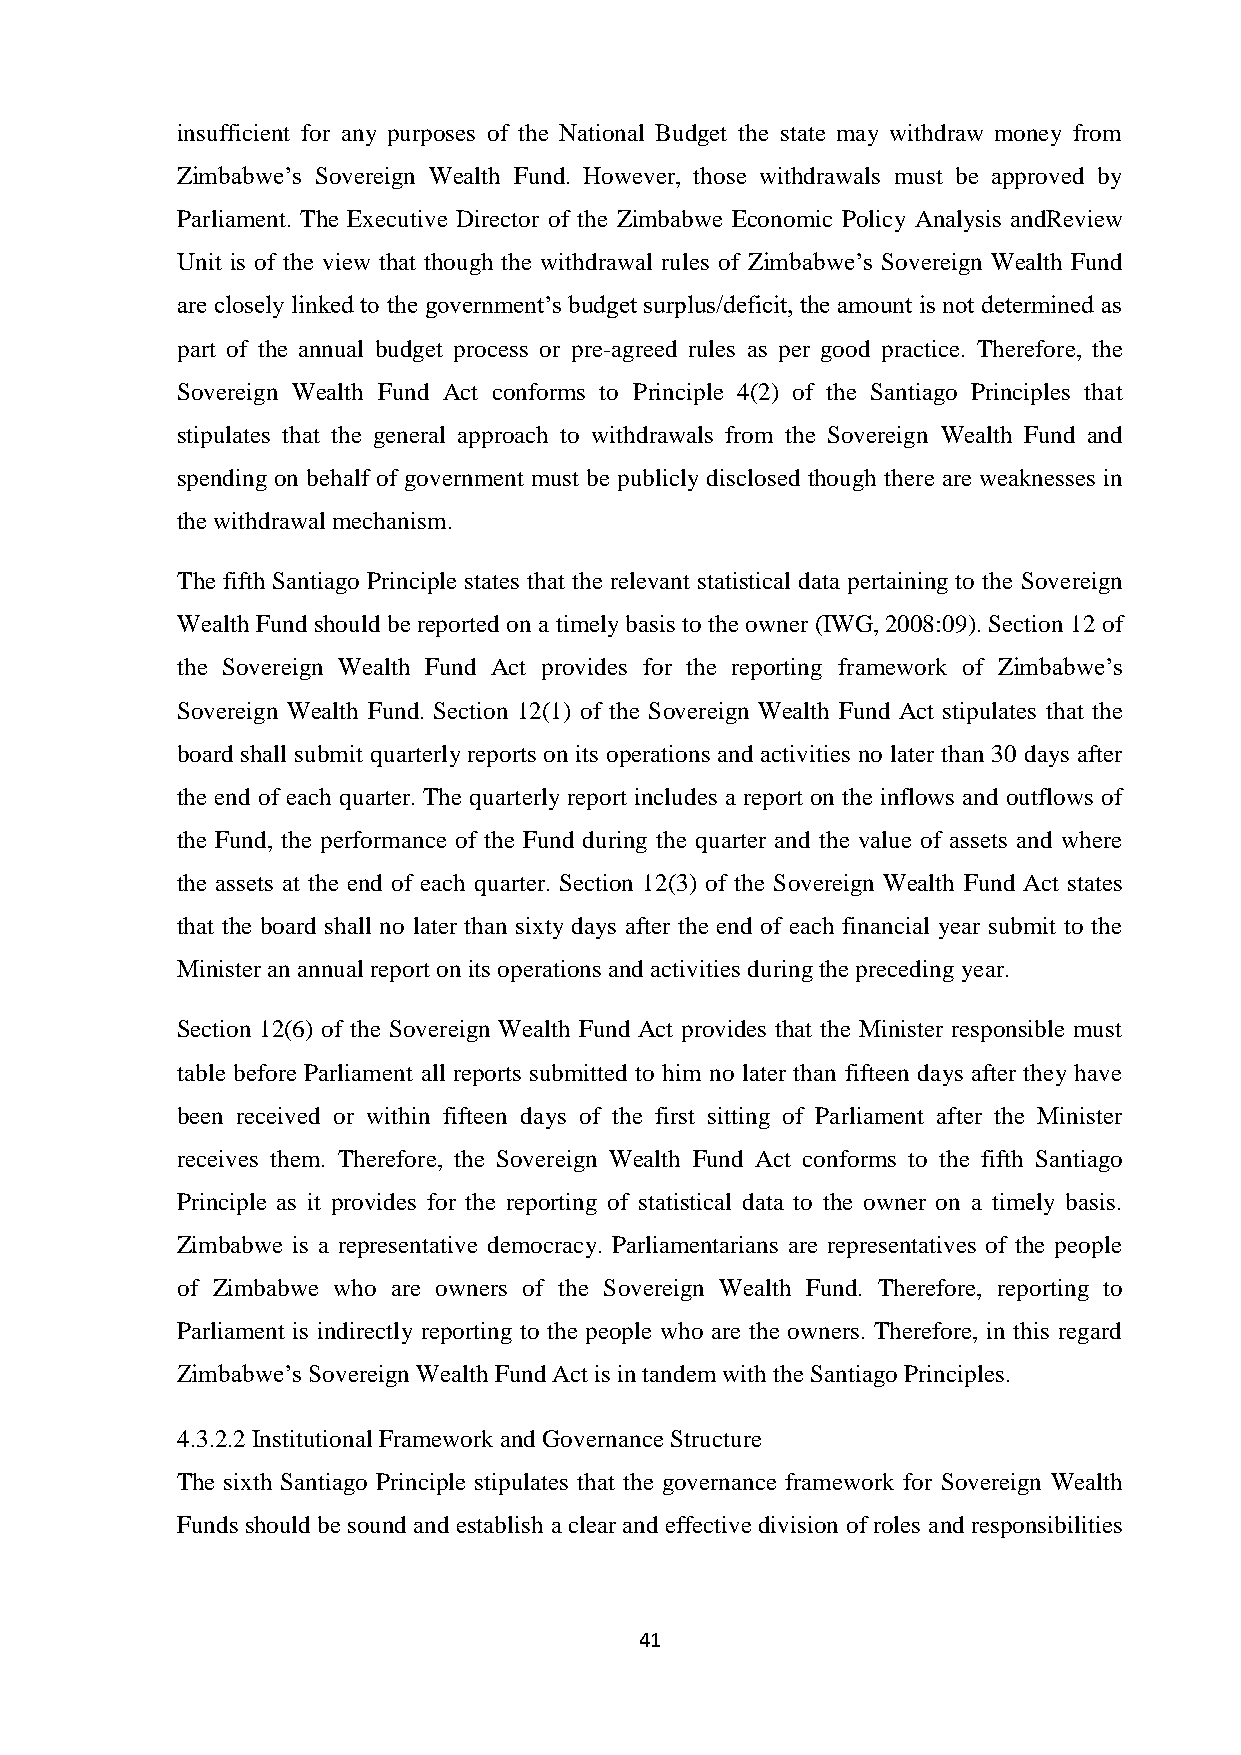
insufficient for any purposes of the National Budget the state may withdraw money from
 Zimbabwe’s Sovereign Wealth Fund. However, those withdrawals must be approved by
 Parliament. The Executive Director of the Zimbabwe Economic Policy Analysis andReview
 Unit is of the view that though the withdrawal rules of Zimbabwe’s Sovereign Wealth Fund
 are closely linked to the government’s budget surplus/deficit, the amount is not determined as
 part of the annual budget process or pre-agreed rules as per good practice. Therefore, the
 Sovereign Wealth Fund Act conforms to Principle 4(2) of the Santiago Principles that
 stipulates that the general approach to withdrawals from the Sovereign Wealth Fund and
 spending on behalf of government must be publicly disclosed though there are weaknesses in
 the withdrawal mechanism.
 The fifth Santiago Principle states that the relevant statistical data pertaining to the Sovereign
 Wealth Fund should be reported on a timely basis to the owner (IWG, 2008:09). Section 12 of
 the Sovereign Wealth Fund Act provides for the reporting framework of Zimbabwe’s
 Sovereign Wealth Fund. Section 12(1) of the Sovereign Wealth Fund Act stipulates that the
 board shall submit quarterly reports on its operations and activities no later than 30 days after
 the end of each quarter. The quarterly report includes a report on the inflows and outflows of
 the Fund, the performance of the Fund during the quarter and the value of assets and where
 the assets at the end of each quarter. Section 12(3) of the Sovereign Wealth Fund Act states
 that the board shall no later than sixty days after the end of each financial year submit to the
 Minister an annual report on its operations and activities during the preceding year.
 Section 12(6) of the Sovereign Wealth Fund Act provides that the Minister responsible must
 table before Parliament all reports submitted to him no later than fifteen days after they have
 been received or within fifteen days of the first sitting of Parliament after the Minister
 receives them. Therefore, the Sovereign Wealth Fund Act conforms to the fifth Santiago
 Principle as it provides for the reporting of statistical data to the owner on a timely basis.
 Zimbabwe is a representative democracy. Parliamentarians are representatives of the people
 of Zimbabwe who are owners of the Sovereign Wealth Fund. Therefore, reporting to
 Parliament is indirectly reporting to the people who are the owners. Therefore, in this regard
 Zimbabwe’s Sovereign Wealth Fund Act is in tandem with the Santiago Principles.
 4.3.2.2 Institutional Framework and Governance Structure
 The sixth Santiago Principle stipulates that the governance framework for Sovereign Wealth
 Funds should be sound and establish a clear and effective division of roles and responsibilities
 41